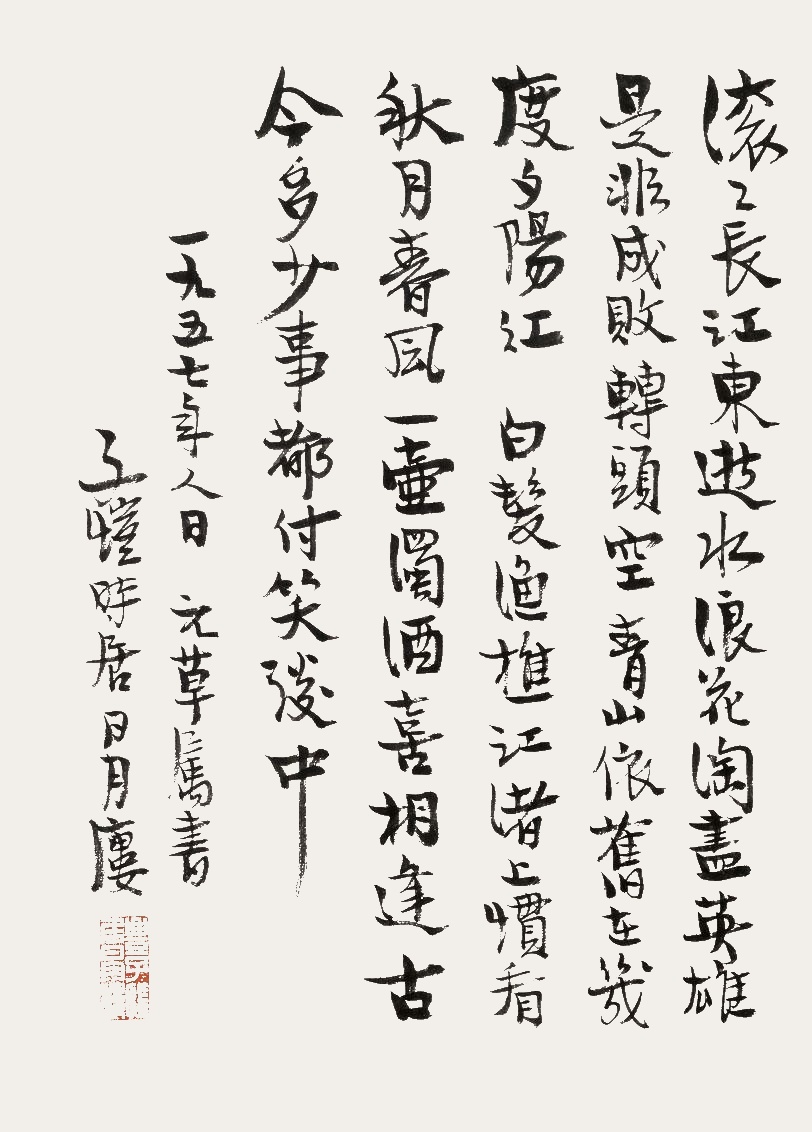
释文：滚滚长江东逝水，浪花淘尽英雄。是非成败转头空。青山依旧在，几度夕阳红。白发渔樵江渚上，惯看秋月春风。一壶浊酒喜相逢。古今多少事，都付笑谈中。一九五七年人日，元草嘱书。丰子恺时居日月楼。